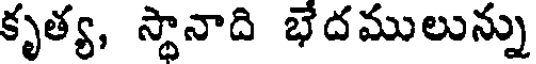
కృత్య, స్థానాది భేదములున్ను